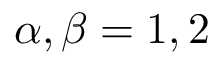
\alpha , \beta = 1 , 2